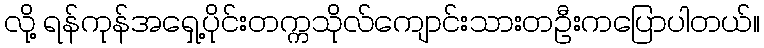
လို့ ရန်ကုန်အရှေ့ပိုင်းတက္ကသိုလ်ကျောင်းသားတဦးကပြောပါတယ်။